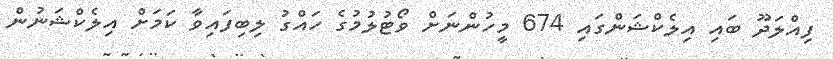
ފިއްލަދޫ ބައި އިލެކްޝަންގައި 674 މީހުންނަށް ވޯޓުލުމުގެ ހައްގު ލިބިފައިވާ ކަމަށް އިލެކްޝަނުން